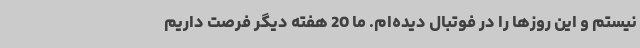
نیستم و این روزها را در فوتبال دیده‌ام. ما 20 هفته دیگر فرصت داریم